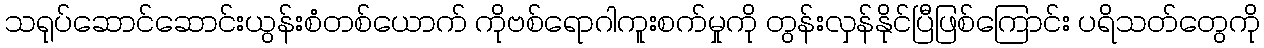
သရုပ်ဆောင်ဆောင်းယွန်းစံတစ်ယောက် ကိုဗစ်ရောဂါကူးစက်မှုကို တွန်းလှန်နိုင်ပြီဖြစ်ကြောင်း ပရိသတ်တွေကို